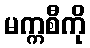
မက္ကစီကို